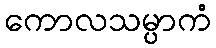
ကောလသမ္ပာကံ